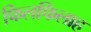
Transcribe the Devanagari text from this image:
फिलफिलाह